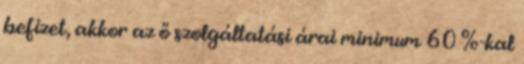
befizet, akkor az ő szolgáltatási árai minimum 60 %-kal